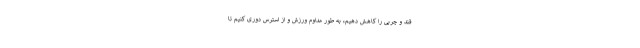
قند و چربی را کاهش دهیم، به طور مداوم ورزش و از استرس دوری کنیم تا